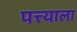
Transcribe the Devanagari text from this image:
पत्त्याला